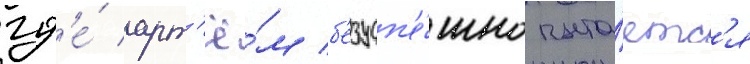
гд'е́ арт'ё́м б'езусп'е́шно пыта́етс'я